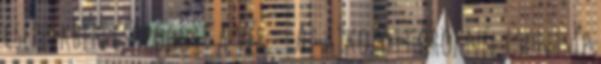
cseppekben csöpögött a vér. – Az átkozott őröknél csontsíp